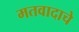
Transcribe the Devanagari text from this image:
मतवादाचे